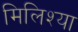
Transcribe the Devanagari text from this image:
मिलिश्या